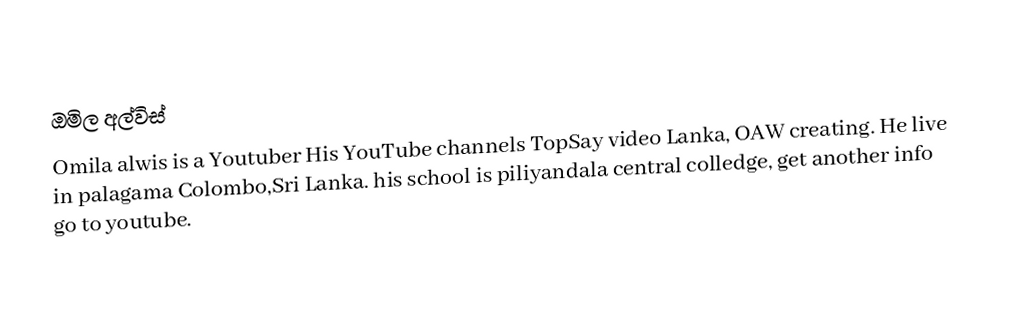
ඔමිල අල්විස්
Omila alwis is a Youtuber His YouTube channels TopSay video Lanka, OAW creating. He live in palagama Colombo,Sri Lanka. his school is piliyandala central colledge, get another info go to youtube.